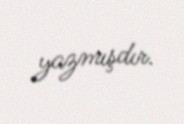
yazmışdır.